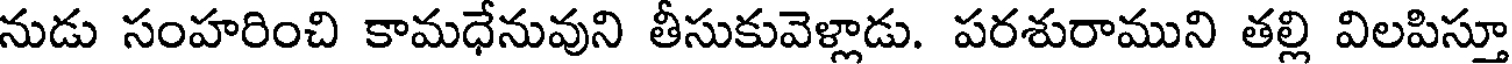
నుడు సంహరించి కామధేనువుని తీసుకువెళ్లాడు. పరశురాముని తల్లి విలపిస్తూ